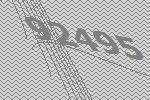
92495